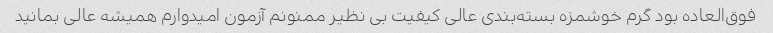
فوق‌العاده بود گرم خوشمزه بسته‌بندی عالی کیفیت بی نظیر ممنونم آزمون امیدوارم همیشه عالی بمانید